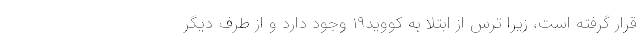
قرار گرفته است، زیرا ترس از ابتلا به کووید۱۹ وجود دارد و از طرف دیگر